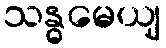
သန္ဓမေယျ